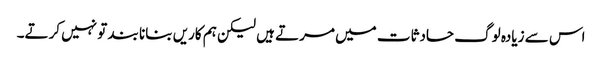
اس سے زیادہ لوگ حادثات میں مرتے ہیں لیکن ہم کاریں بنانا بند تو نہیں کرتے۔